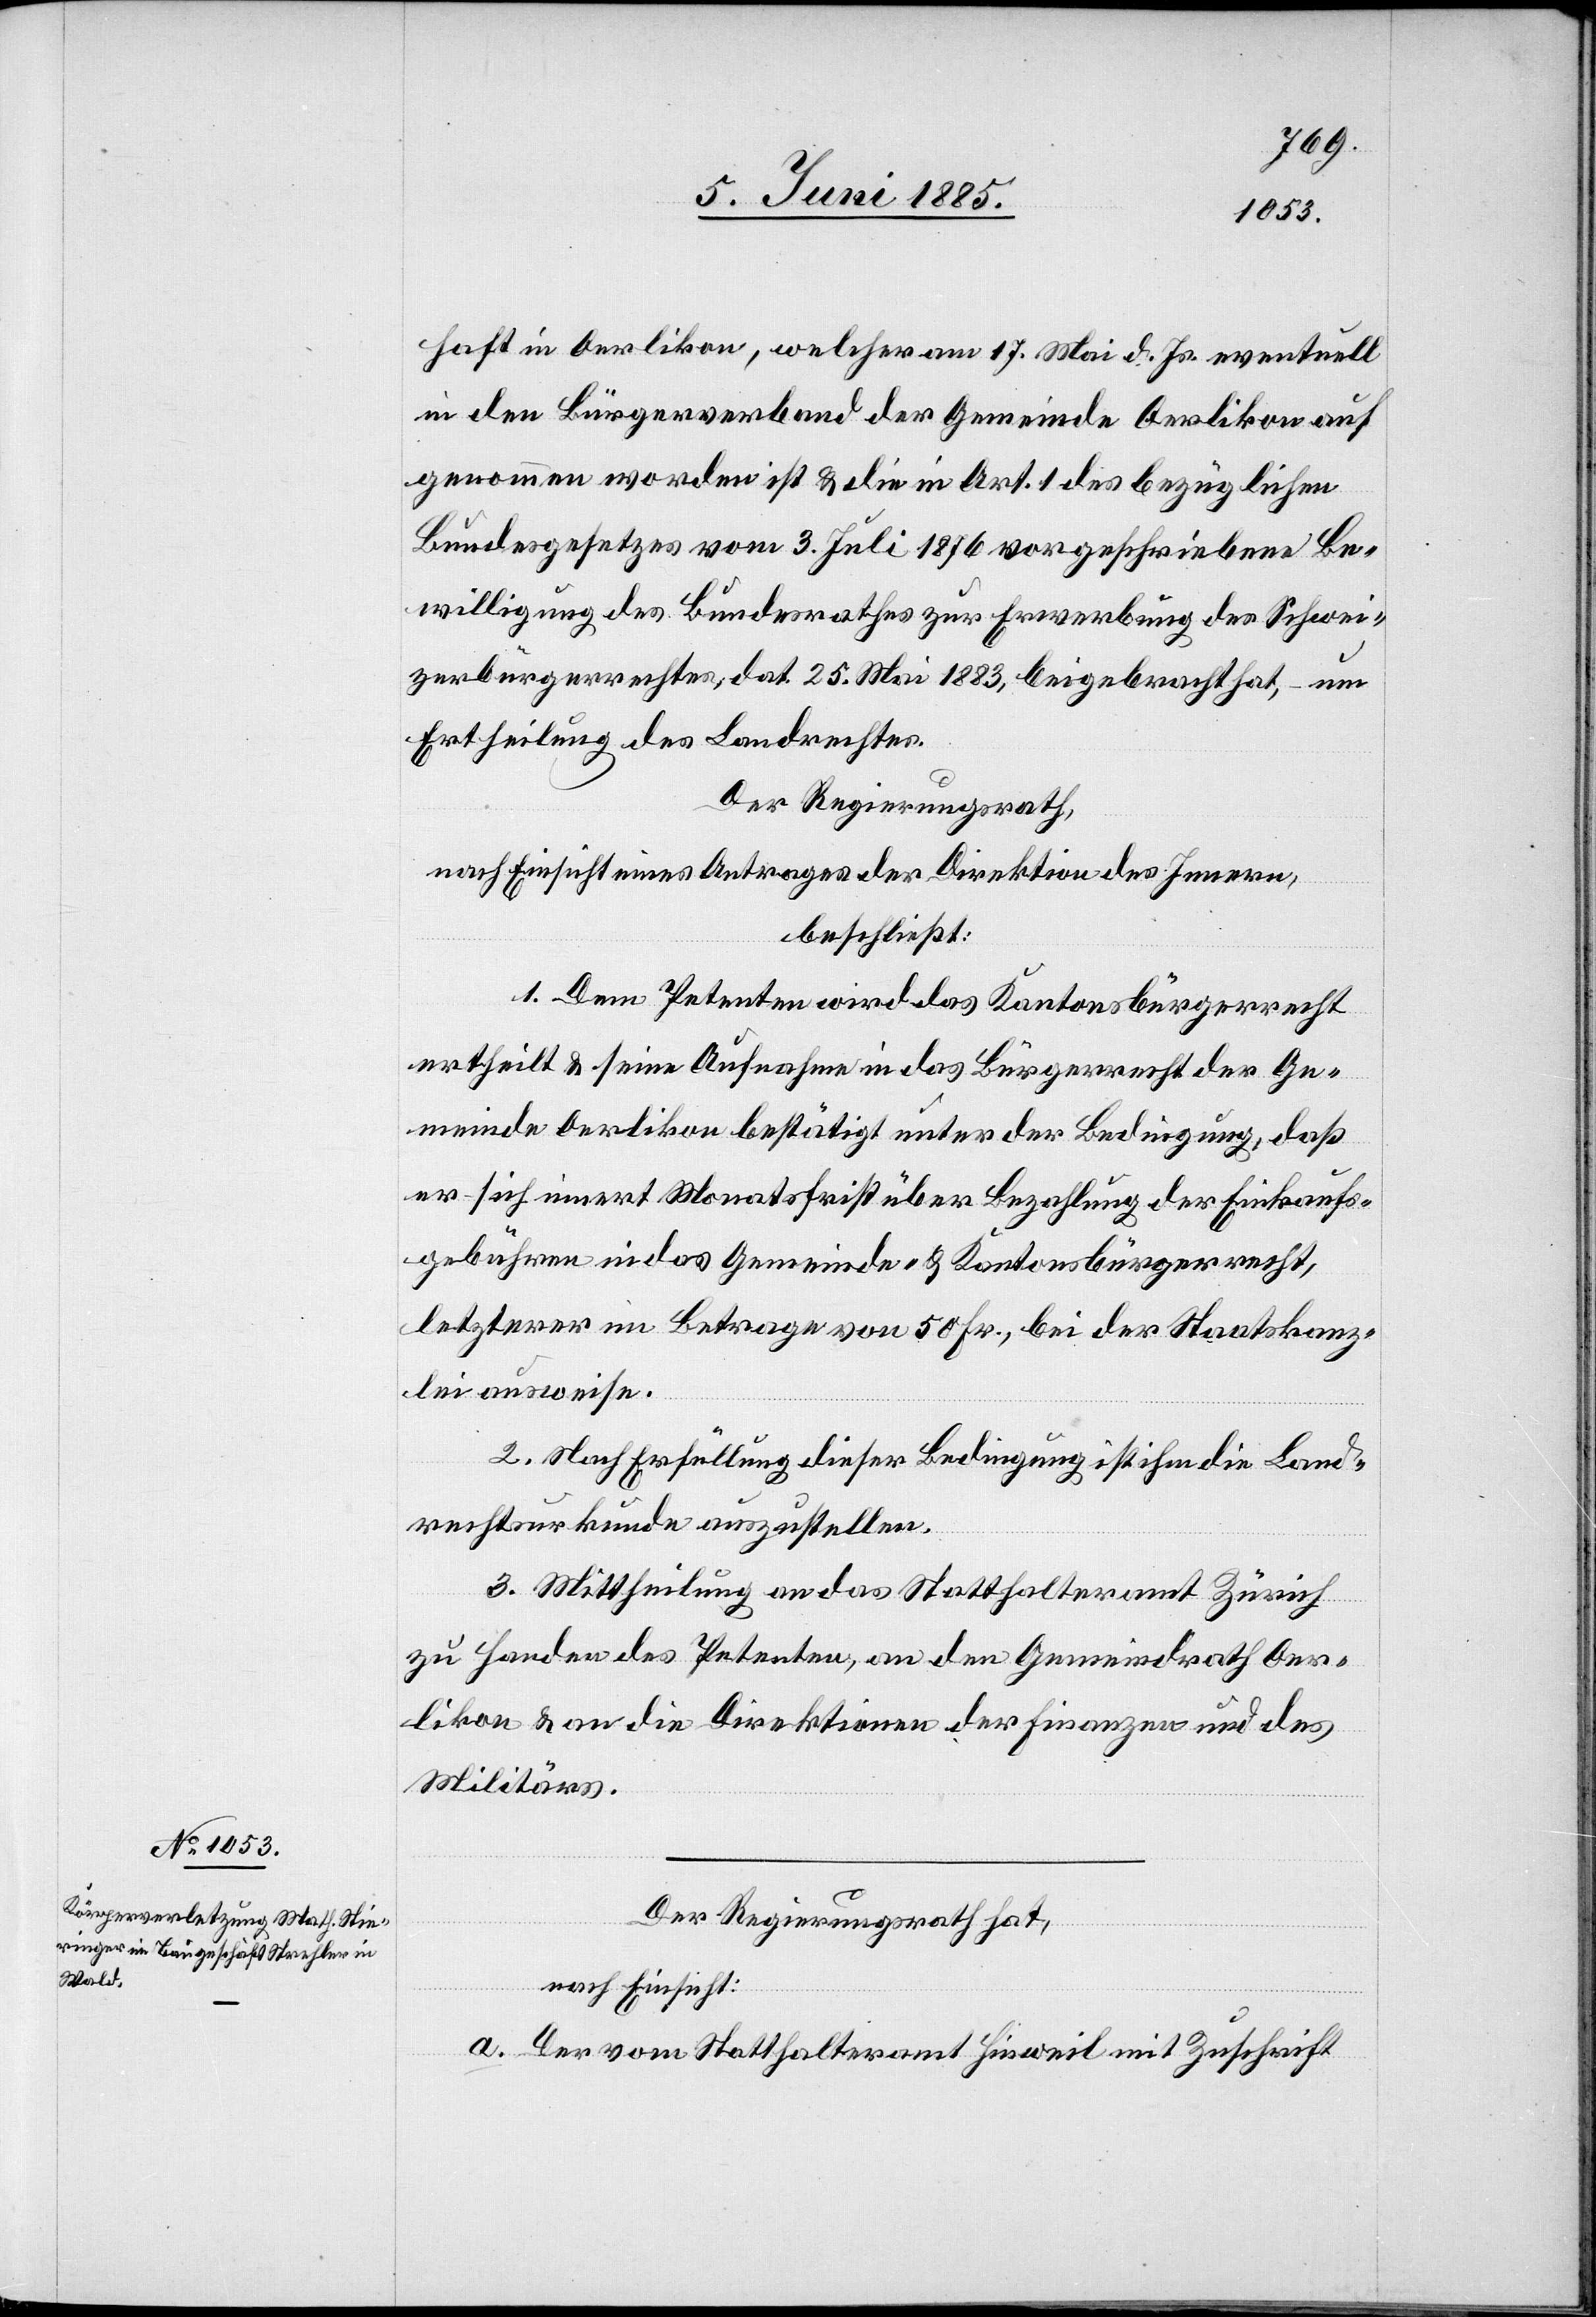
haft in Oerlikon, welcher am 17. Mai d. Js. eventuell
in den Bürgerverband der Gemeinde Oerlikon auf¬
genommen worden ist & die in Art. 1 des bezüglichen
Bundesgesetzes vom 3. Juli 1876 vorgeschriebene Be¬
willigung des Bundesrathes zur Erwerbung des Schwei¬
zerbürgerrechtes, dat. 25. Mai 1883, beigebracht hat, – um
Ertheilung des Landrechtes.
Der Regierungsrath,
nach Einsicht eines Antrages der Direktion des Innern,
beschließt:
1. Dem Petenten wird das Kantonsbürgerrecht
ertheilt & seine Aufnahme in das Bürgerrecht der Ge¬
meinde Oerlikon bestätigt unter der Bedingung, daß
er sich innert Monatsfrist über Bezahlung der Einkaufs¬
gebühren in das Gemeinde- & Kantonsbürgerrecht,
letzterer im Betrage von 5 Fr., bei der Staatskanz¬
lei ausweise.
2. Nach Erfüllung dieser Bedingung ist ihm die Land¬
rechtsurkunde auszustellen.
3. Mittheilung an das Statthalteramt Zürich
zu Handen des Petenten, an den Gemeindrath Oer¬
likon & an die Direktionen der Finanzen und des
Militärs.
Der Regierungsrath hat,
nach Einsicht:
a. Der vom Statthalteramt Hinweil mit Zuschrift